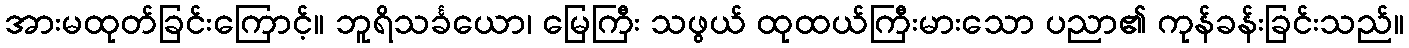
အားမထုတ်ခြင်းကြောင့်။ ဘူရိသင်္ခယော၊ မြေကြီး သဖွယ် ထုထယ်ကြီးမားသော ပညာ၏ ကုန်ခန်းခြင်းသည်။